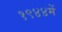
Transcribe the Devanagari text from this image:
१९४४में